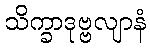
သိက္ခာဒုဗ္ဗလျာနံ